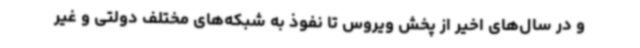
و در سال‌های اخیر از پخش ویروس تا نفوذ به شبکه‌های مختلف دولتی و غیر